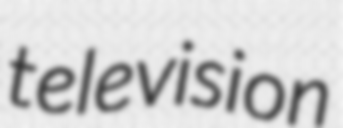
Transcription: television